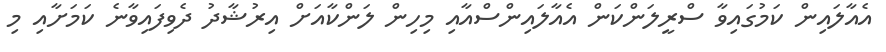
އެއާލައިން ކަމުގައިވާ ސްރީލަންކަން އެއާލައިންސްއާއި މިހިން ލަންކާއަށް އިރުޝާދު ދެވިފައިވާނެ ކަމަށާއި މި